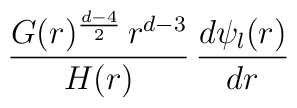
{ G(r)^{{d-4 \over 2}} \, r^{d-3} \over H(r) }\,  {d \psi_{\l}(r) \over dr}